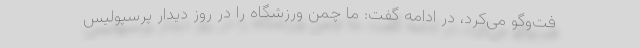
فت‌وگو می‌کرد، در ادامه گفت: ما چمن ورزشگاه را در روز دیدار پرسپولیس